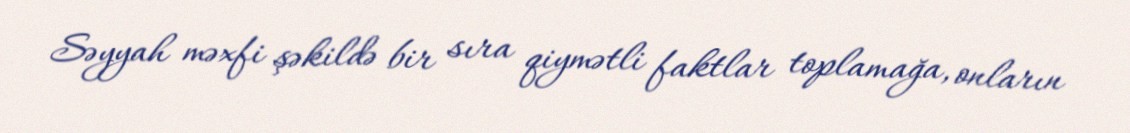
Səyyah məxfi şəkildə bir sıra qiymətli faktlar toplamağa, onların